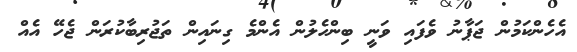
އެހެންކަމުން ޖަޕާނު ވެފައި ވަނީ ބިންހެލުން އެންމެ ގިނައިން ތަޖުރިބާކުރަން ޖެހޭ އެއް